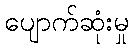
ပျောက်ဆုံးမှု